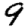
Digit: 9